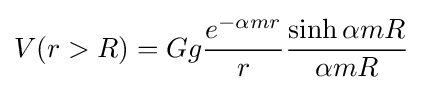
V(r>R)=Gg{\frac {e^{-\alpha mr}}{r}}{\frac {\sinh \alpha mR}{\alpha mR}}